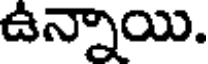
ఉన్నాయి.